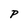
Character: P